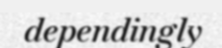
dependingly